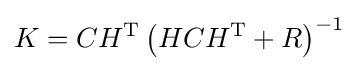
K=CH^{\mathrm {T} }\left(HCH^{\mathrm {T} }+R\right)^{-1}